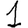
Digit: 1